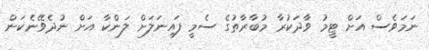
ނަމަވެސް އަށް ޓީމު ވާދަކުރާ މުބާރާތުގެ ސެމީ ފައިނަލަށް ލަންކާ އަށް ނުދެވޭނެކަން